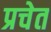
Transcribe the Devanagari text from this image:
प्रचेत